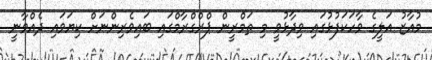
މުއާޒު އަލީގެ ވާހަކަފުޅުގައި ވިދާޅުވީ މި ތަމްރީން ޕްރްގްރާމްގައި ބައިވެރިންނަށް ކިޔަވައި ދެއްވާނީ